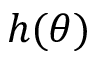
h ( \theta )